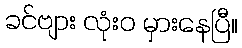
ခင်ဗျား လုံးဝ မှားနေပြီ။